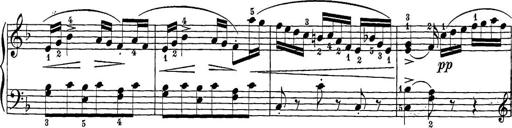
Title: 12 Sonatine per Pianoforte
Composer: Friedrich Kuhlau